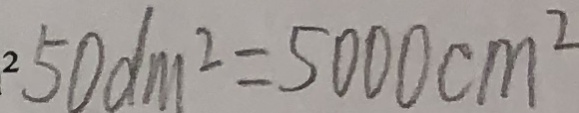
5 0 d m ^ { 2 } = 5 0 0 0 c m ^ { 2 }